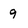
Character: 9